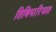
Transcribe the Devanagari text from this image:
तिथिपारिजात